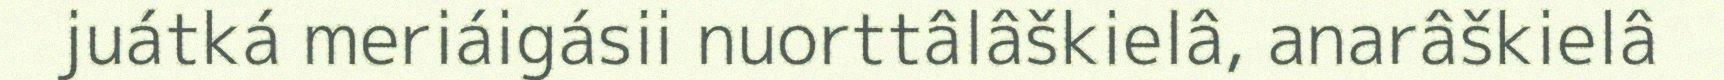
juátká meriáigásii nuorttâlâškielâ, anarâškielâ